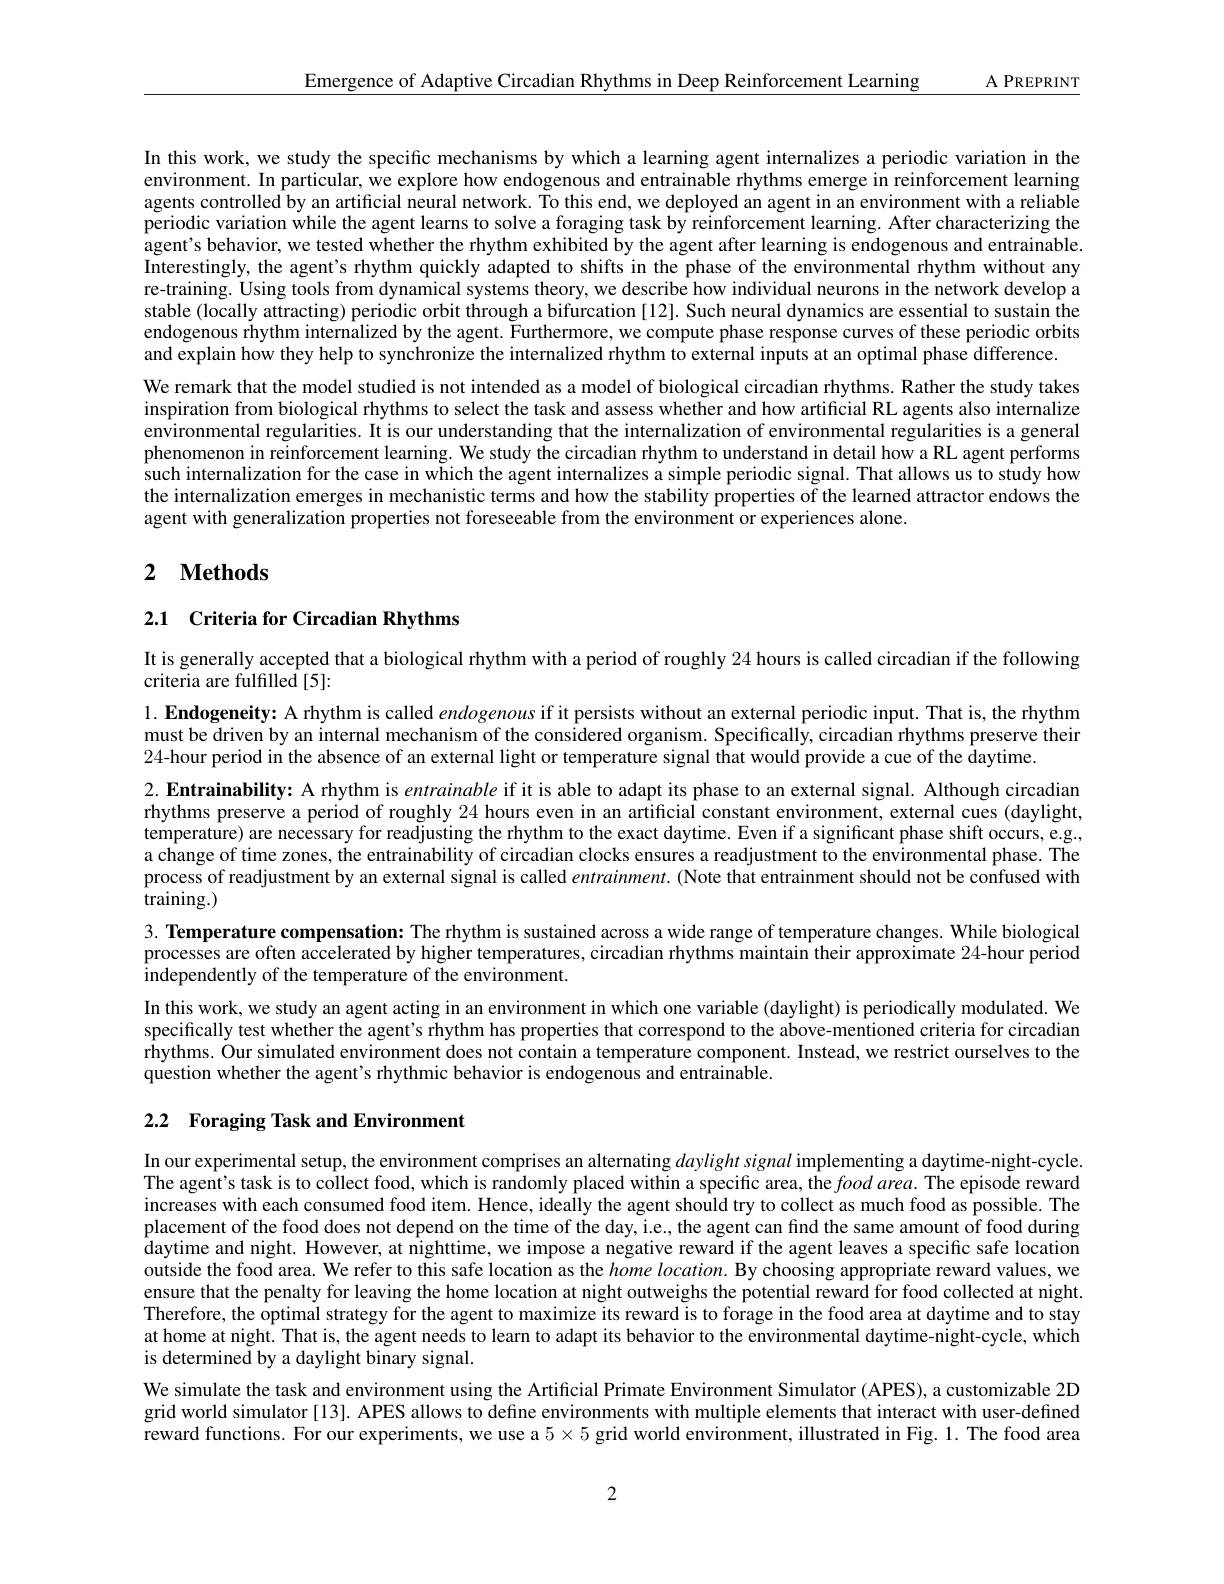
$\underline{\mathrm{A~PREPRINT}}$

Emergence of Adaptive Circadian Rhythms in Deep Reinforcement Learning

In this work, we study the specific mechanisms by which a learning agent internalizes a periodic variation in the environment. In particular, we explore how endogenous and entrainable rhythms emerge in reinforcement learning agents controlled by an artificial neural network. To this end, we deployed an agent in an environment with a reliable periodic variation while the agent learns to solve a foraging task by reinforcement learning. After characterizing the $\tilde{\text{agent's behavior, we tested whether the rhythm exhibited by the agent after learning is endogenous and entrainable}}$ Interestingly, the agent's rhythm quickly adapted to shifts in the phase of the environmental rhythm without any re-training. Using tools from dynamical systems theory, we describe how individual neurons in the network develop a stable (locally attracting) periodic orbit through a bifurcation [12]. Such neural dynamics are essential to sustain the endogenous rhythm internalized by the agent. Furthermore, we compute phase response curves of these periodic orbits and explain how they help to synchronize the internalized rhythm to external inputs at an optimal phase difference.
We remark that the model studied is not intended as a model of biological circadian rhythms. Rather the study takes inspiration from biological rhythms to select the task and assess whether and how artificial RL agents also internalize environmental regularities. It is our understanding that the internalization of environmental regularities is a general phenomenon in reinforcement learning. We study the circadian rhythm to understand in detail how a RL agent performs such internalization for the case in which the agent internalizes a simple periodic signal. That allows us to study how the internalization emerges in mechanistic terms and how the stability properties of the learned attractor endows the agent with generalization properties not foreseeable from the environment or experiences alone.

## 2 $\textbf{Methods}$

# 2.1 Criteria for Circadian Rhythms

It is generally accepted that a biological rhythm with a period of roughly 24 hours is called circadian if the following

criteria are fulfilled [5]:

$1. \textbf{ Endogeneity: A rhythm is called endogenous if it persists without an external periodic input. That is, the rhythm}$ must be driven by an internal mechanism of the considered organism. Specifically, circadian rhythms preserve their $24-hour$ period in the absence of an external light or temperature signal that would provide a cue of the daytime.
2. Entrainability: A rhythm is entrainable if it is able to adapt its phase to an external signal. Although circadian rhythms preserve a period of roughly 24 hours even in an artificial constant environment, external cues (daylight, temperature) are necessary for readjusting the rhythm to the exact daytime. Even if a significant phase shift occurs, e.g. a change of time zones, the entrainability of circadian clocks ensures a readjustment to the environmental phase. The process of readjustment by an external signal is called $entrainment.$ (Note that entrainment should not be confused with training.)
3. Temperature compensation: The rhythm is sustained across a wide range of temperature changes. While biological processes are often accelerated by higher temperatures, circadian rhythms maintain their approximate 24-hour period independently of the temperature of the environment.
In this work, we study an agent acting in an environment in which one variable (daylight) is periodically modulated. We specifically test whether the agent's rhythm has properties that correspond to the above-mentioned criteria for circadian rhythms. Our simulated environment does not contain a temperature component. Instead, we restrict ourselves to the question whether the agent's rhythmic behavior is endogenous and entrainable.

# 2.2 Foraging Task and Environment

In our experimental setup, the environment comprises an alternating $daylight\textit{signal implementing a daytime- night- cycle}$ The agent's task is to collect food, which is randomly placed within a specific area, the food area. The episode reward increases with each consumed food item. Hence, ideally the agent should try to collect as much food as possible. The placement of the food does not depend on the time of the day, i.e., the agent can find the same amount of food during $\hat{\text{daytime and night. However, at nighttime, we impose a negative reward if the agent leaves a specific safe location}}$ outside the food area. We refer to this safe location as the $home\textit{location. By choosing appropriate reward values, we}$ ensure that the penalty for leaving the home location at night outweighs the potential reward for food collected at night Therefore, the optimal strategy for the agent to maximize its reward is to forage in the food area at daytime and to stay at home at night. That is, the agent needs to learn to adapt its behavior to the environmental daytime-night-cycle, which is determined by a daylight binary signal.
We simulate the task and environment using the Artificial Primate Environment Simulator (APES), a customizable 2D grid world simulator[13]. APES allows to define environments with multiple elements that interact with user-defined reward functions. For our experiments, we use a $5\times5$ grid world environment, illustrated in Fig. 1. The food area

2